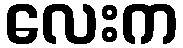
လေးက